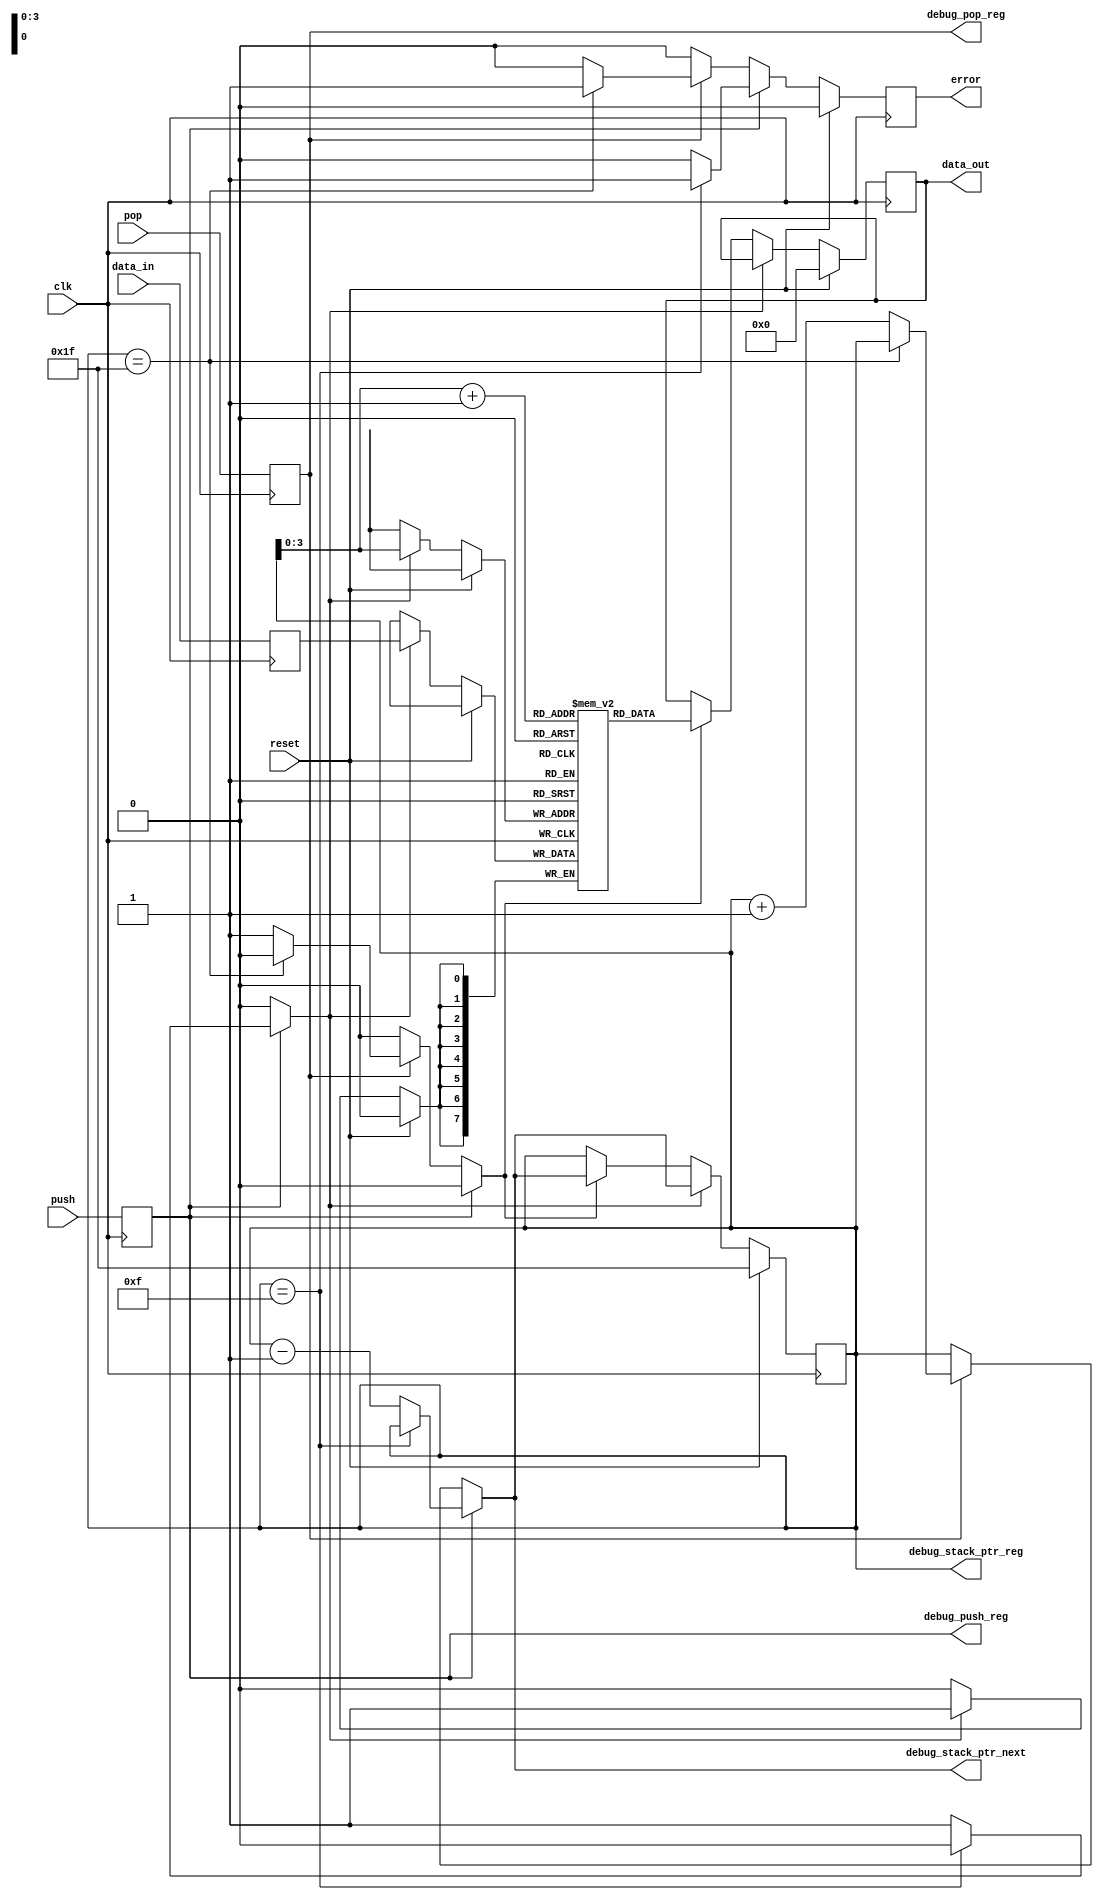
/* verilator lint_off UNUSED */
module stack
  (
   input             clk,
   input             reset,
   input             push,
   input             pop,
   input [7:0]       data_in,

   output wire [7:0] data_out,
   output wire       error,

   // Debug signals
   output wire [4:0] debug_stack_ptr_reg,
   output wire [4:0] debug_stack_ptr_next,
   output wire       debug_push_reg,
   output wire       debug_pop_reg
   );

  // Note that the bottom of the stack is at the largest addres
  localparam TOP_ADDR     = 5'b10000;
  localparam BOTTOM_ADDR  = 5'b11111;

  // Signal declarations
  reg                push_reg;
  reg                pop_reg;

  // Prevent Vivado from inferring block RAM here for the register file
  (* keep = "true" *) reg [7:0]          register_file [15:0];
  reg [7:0]          data_reg;                  // incoming data
  reg                error_reg;                 // stack under or overflow
  reg                error_next;
  reg [7:0]          read_data_reg;             // store popped data

  reg                push_enable;
  reg                pop_enable;

  reg [4:0]          stack_ptr_reg;             // stack pointer will point at whatever the next
  reg [4:0]          stack_ptr_next;            // address is

  // --- Next State Logic
  always @(*) begin
    if (push_reg) begin
      if (stack_ptr_reg == (TOP_ADDR - 5'b00001)) begin
        error_next <= 1'b1;
        push_enable <= 1'b0;
        pop_enable <= 1'b0;
        stack_ptr_next <= stack_ptr_reg;
      end else begin
        error_next <= 1'b0;
        push_enable <= 1'b1;
        pop_enable <= 1'b0;
        stack_ptr_next <= stack_ptr_reg - 5'b00001;  // decreasing addresses
      end
    end else if (pop_reg) begin
      if (stack_ptr_reg == BOTTOM_ADDR) begin
        // Check for stack underflow condition
        error_next <= 1'b1;
        push_enable <= 1'b0;
        pop_enable <= 1'b0;
        stack_ptr_next <= stack_ptr_reg;
      end else begin
        error_next <= 1'b0;
        push_enable <= 1'b0;
        pop_enable <= 1'b1;
        stack_ptr_next <= stack_ptr_reg + 5'b00001;  // again, decreasing addresses
      end
    end else begin
      error_next <= 1'b0;
      push_enable <= 1'b0;
      pop_enable <= 1'b0;
      stack_ptr_next <= stack_ptr_reg;
    end
  end

  // --- Output Logic
  assign error = error_reg;
  assign data_out = read_data_reg;

  // --- Sequential Logic
  always @(posedge clk) begin
    if (reset) begin
      read_data_reg <= 8'b0;
      error_reg <= 1'b0;
      stack_ptr_reg <= BOTTOM_ADDR;
    end else begin
      if (push_enable) begin
        stack_ptr_reg <= stack_ptr_next;
        register_file[stack_ptr_reg[3:0]] <= data_reg;
        error_reg <= error_next;
      end else if (pop_enable) begin
        stack_ptr_reg <= stack_ptr_next;
        error_reg <= error_next;
        read_data_reg <= register_file[stack_ptr_reg[3:0] + 4'b0001];  // use previous address for pops
      end else begin
        stack_ptr_reg <= stack_ptr_reg;
        error_reg <= error_next;
      end
    end

    // Register inputs to this module
    push_reg <= push;
    pop_reg <= pop;
    data_reg <= data_in;

  end

  // Debug declarations
  assign debug_stack_ptr_reg   = stack_ptr_reg;
  assign debug_stack_ptr_next  = stack_ptr_next;
  assign debug_push_reg  = push_reg;
  assign debug_pop_reg  = pop_reg;

endmodule // stack